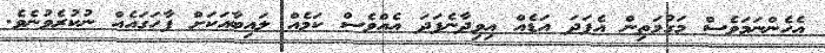
އެހެންނަމަވެސް މަގުމަތިން އެފަދަ އަޑެއް އިވިދާނެފަދަ އެއްވެސް ކަމެއް ލައިބާއަކަށް ފާހަގައެއް ނުކުރެވުނެވެ.